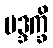
မဒ္ဒက္ခိ